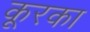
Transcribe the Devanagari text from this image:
कूरका